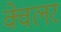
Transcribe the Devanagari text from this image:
क्वेलर